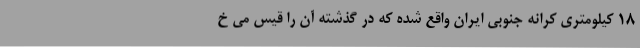
۱۸ کیلومتری کرانه جنوبی ایران واقع شده که در گذشته آن را قیس می خ